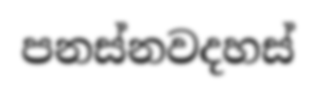
පනස්නවදහස්